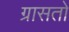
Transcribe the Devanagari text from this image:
ग्रासतो